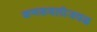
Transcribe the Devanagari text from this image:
कणकवलीजवळ